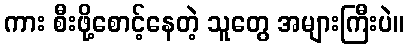
ကား စီးဖို့စောင့်နေတဲ့ သူတွေ အများကြီးပဲ။